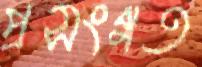
প্রসংগত